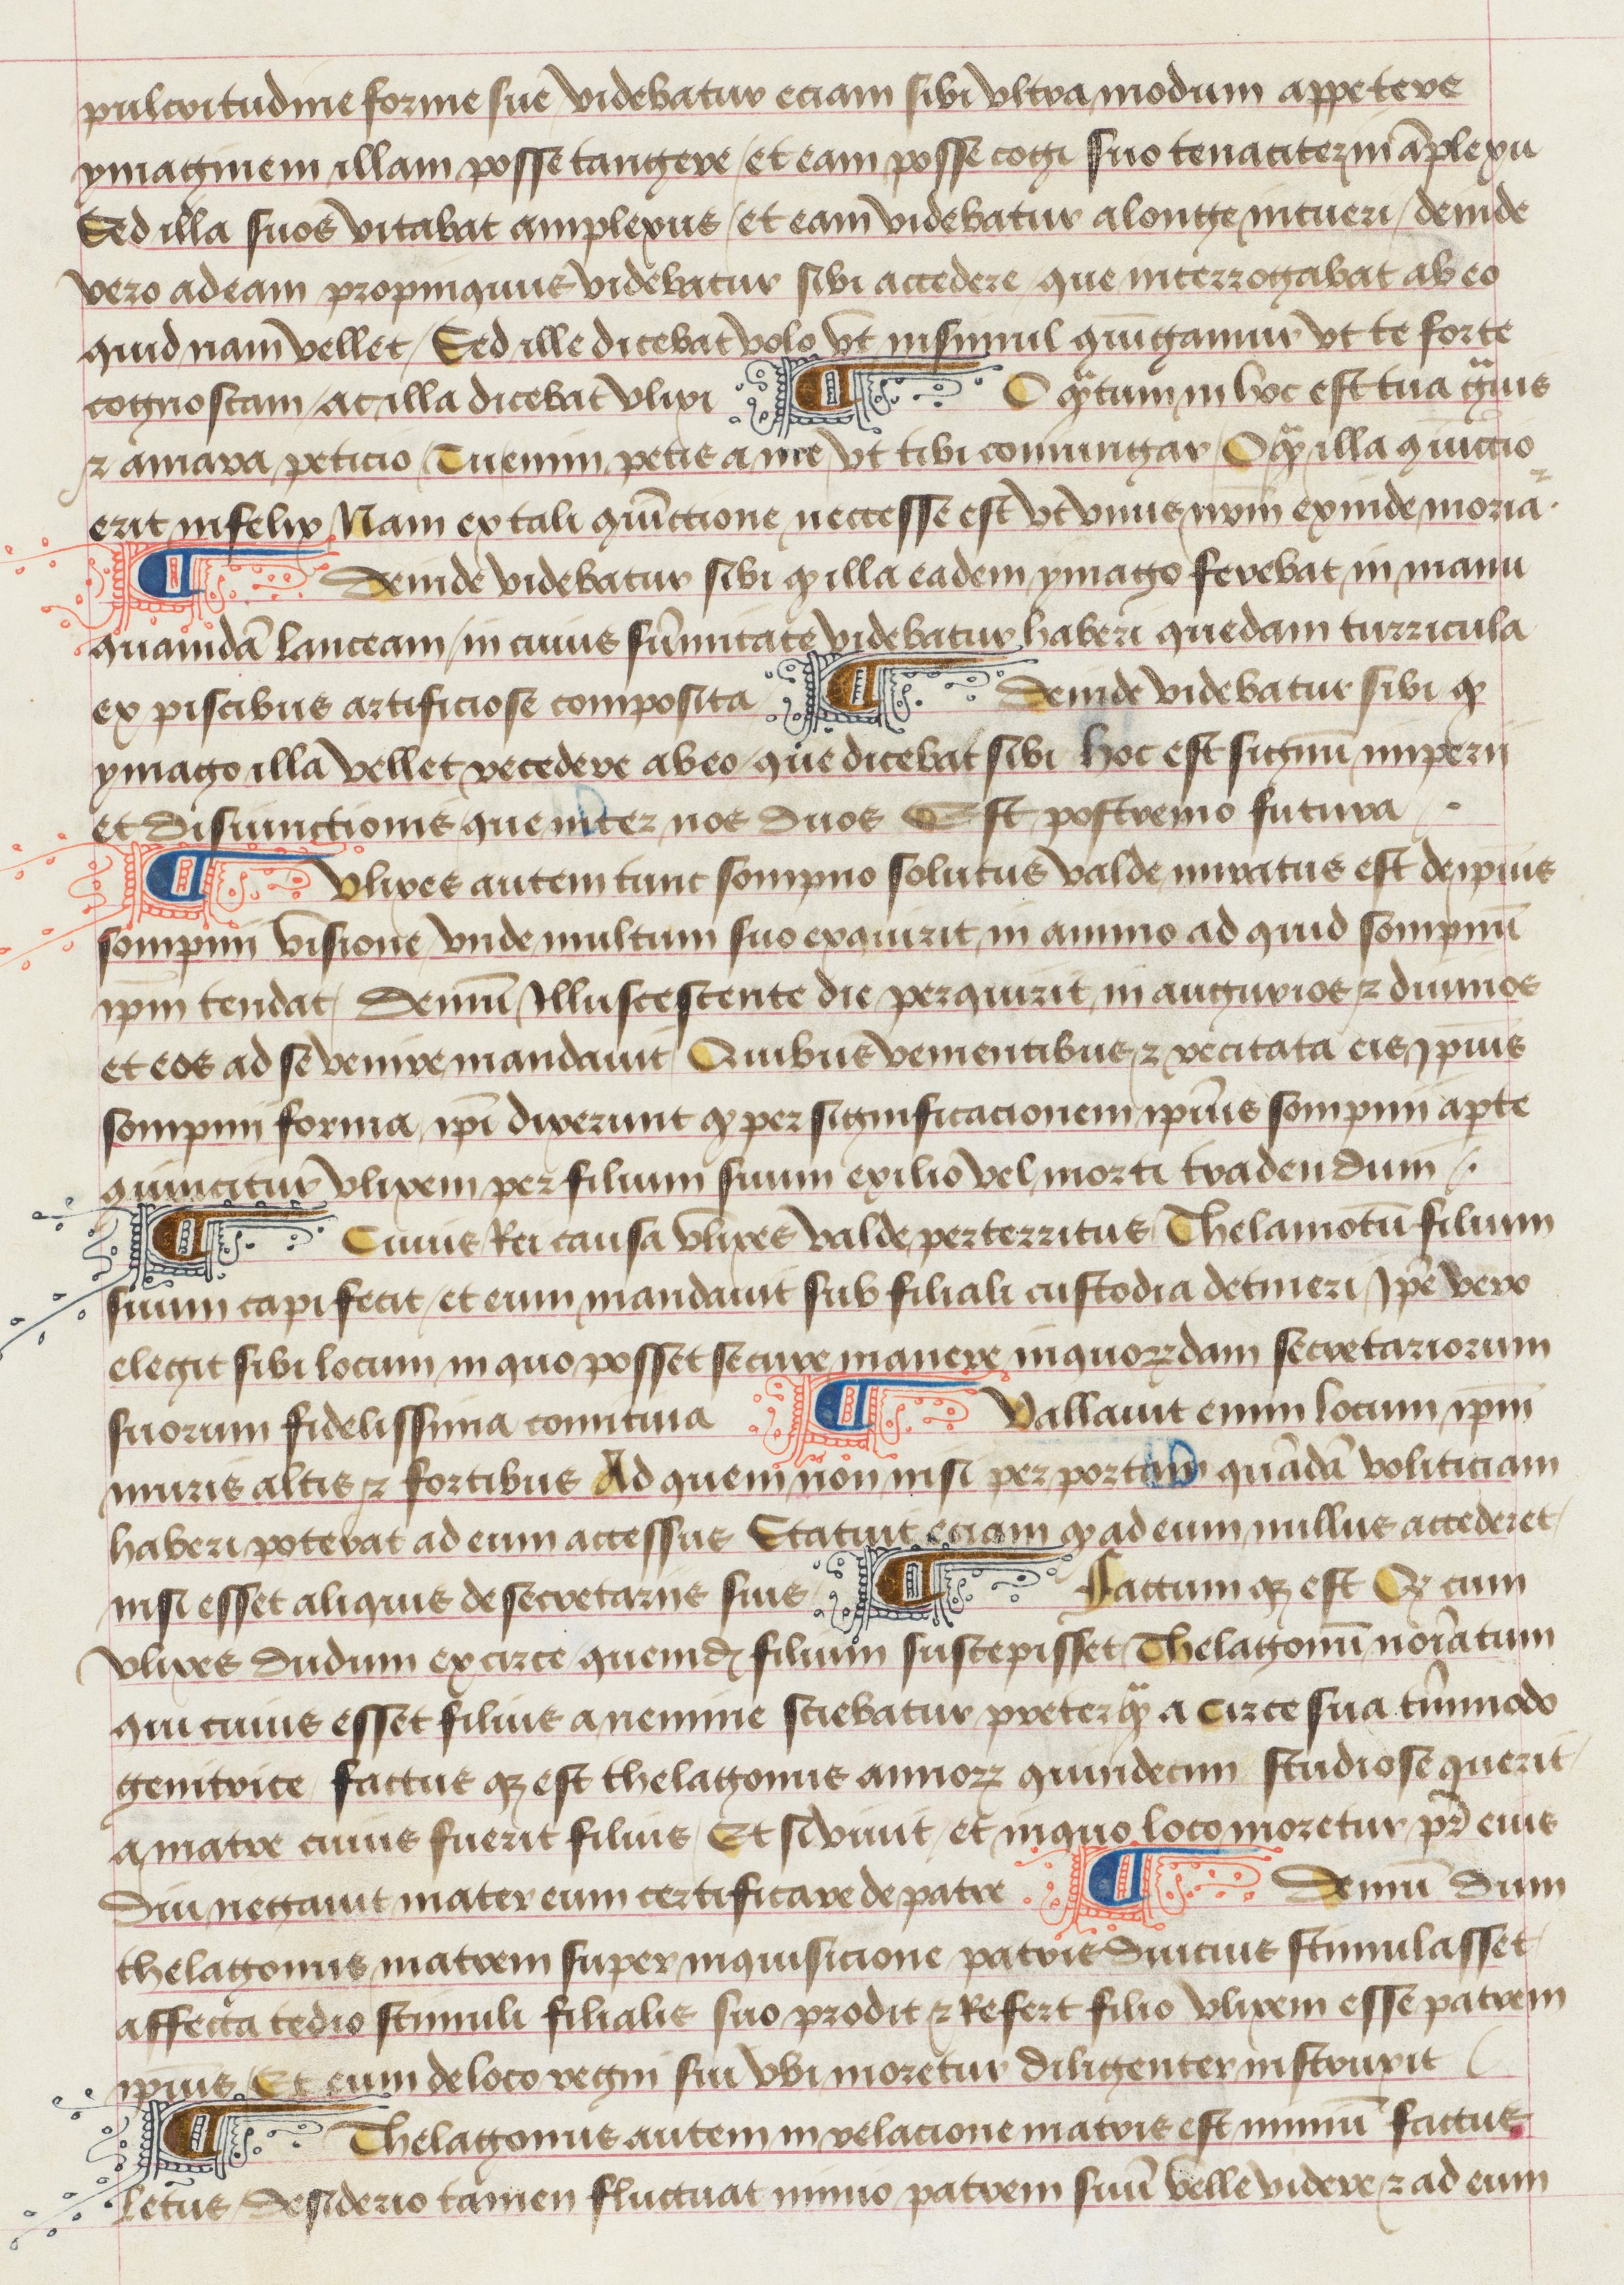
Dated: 1475–1499